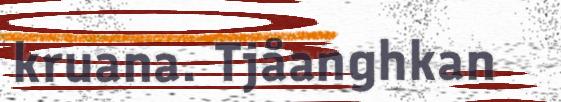
kruana. Tjåanghkan